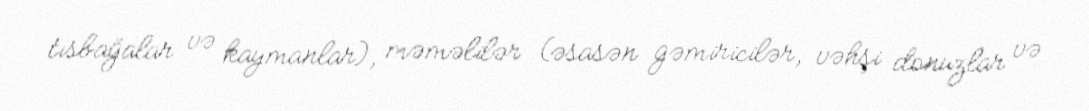
tısbağalar və kaymanlar), məməlilər (əsasən gəmiricilər, vəhşi donuzlar və